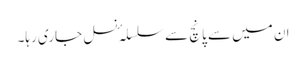
ان میں سے پانچ سے سلسلہٴ نسل جاری رہا۔